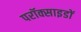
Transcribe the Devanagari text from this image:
परॉक्साइडों